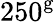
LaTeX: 250^{\mathrm{g}}